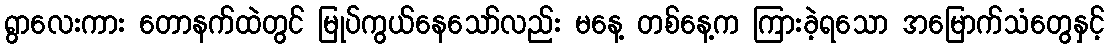
ရွာလေးကား တောနက်ထဲတွင် မြုပ်ကွယ်နေသော်လည်း မနေ့ တစ်နေ့က ကြားခဲ့ရသော အမြောက်သံတွေနှင့်